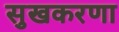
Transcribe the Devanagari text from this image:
सुखकरणा